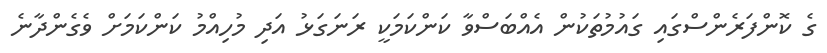
ގެ ކޮންފަރެންސްގައި ގައުމުތަކުން އެއްބަސްވާ ކަންކަމަކީ ރަނަގަޅު އަދި މުހިއްމު ކަންކަމަށް ވެގެންދާނެ